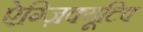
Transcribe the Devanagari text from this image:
ऐग्ज़िक्यूटिव